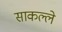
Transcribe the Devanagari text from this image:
साकल्ले